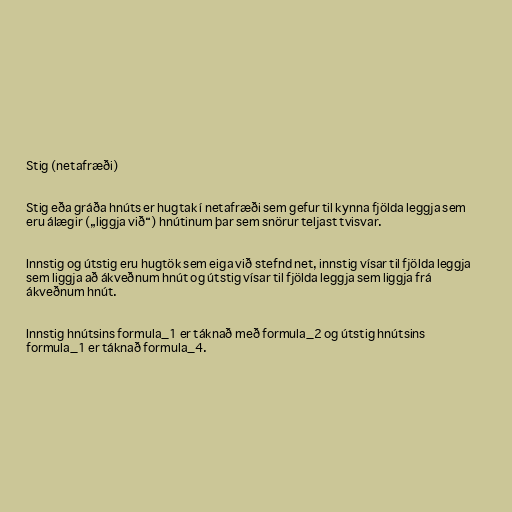
Stig (netafræði)

Stig eða gráða hnúts er hugtak í netafræði sem gefur til kynna fjölda leggja sem
eru álægir („liggja við“) hnútinum þar sem snörur teljast tvisvar.

Innstig og útstig eru hugtök sem eiga við stefnd net, innstig vísar til fjölda leggja
sem liggja að ákveðnum hnút og útstig vísar til fjölda leggja sem liggja frá
ákveðnum hnút.

Innstig hnútsins formula_1 er táknað með formula_2 og útstig hnútsins
formula_1 er táknað formula_4.